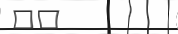
٣٣